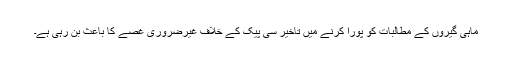
ماہی گیروں کے مطالبات کو پورا کرنے میں تاخیر سی پیک کے خلاف غیرضروری غصے کا باعث بن رہی ہے۔